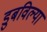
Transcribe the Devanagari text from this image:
डुबविल्या